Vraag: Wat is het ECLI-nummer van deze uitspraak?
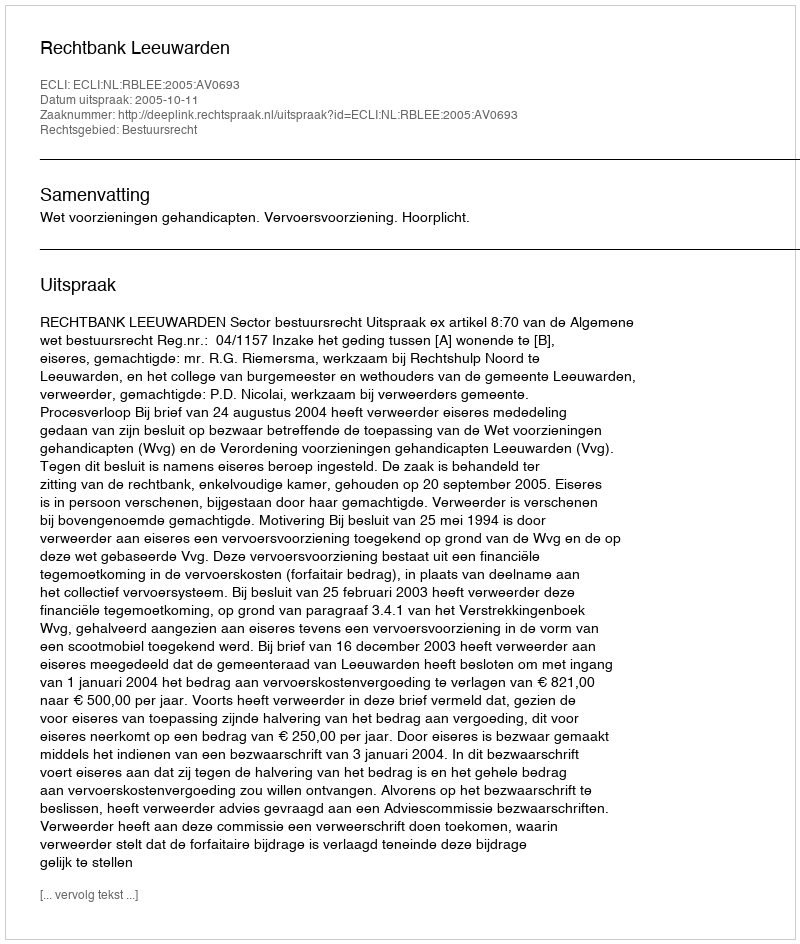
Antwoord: ECLI:NL:RBLEE:2005:AV0693